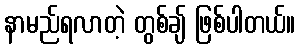
နာမည်ရလာတဲ့ တွစ်ချ် ဖြစ်ပါတယ်။